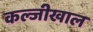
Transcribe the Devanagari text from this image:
कल्जीखाल